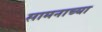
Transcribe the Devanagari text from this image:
सामनाच्या